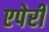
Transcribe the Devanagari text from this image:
एपेरी